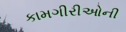
કામગીરીઓની